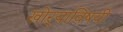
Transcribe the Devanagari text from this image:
खोर्‍याविषयी